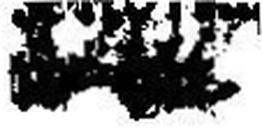
###